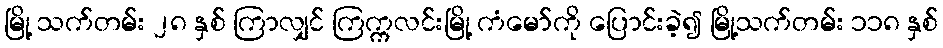
မြို့ သက်တမ်း ၂၈ နှစ် ကြာလျှင် ကြက္ကလင်းမြို့ ကံမော်ကို ပြောင်းခဲ့၍ မြို့သက်တမ်း ၁၁၈ နှစ်